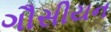
ગૌસીયન